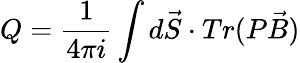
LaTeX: Q=\frac{1}{4\pi i}\int d\vec{S}\cdot Tr(P\vec{B})